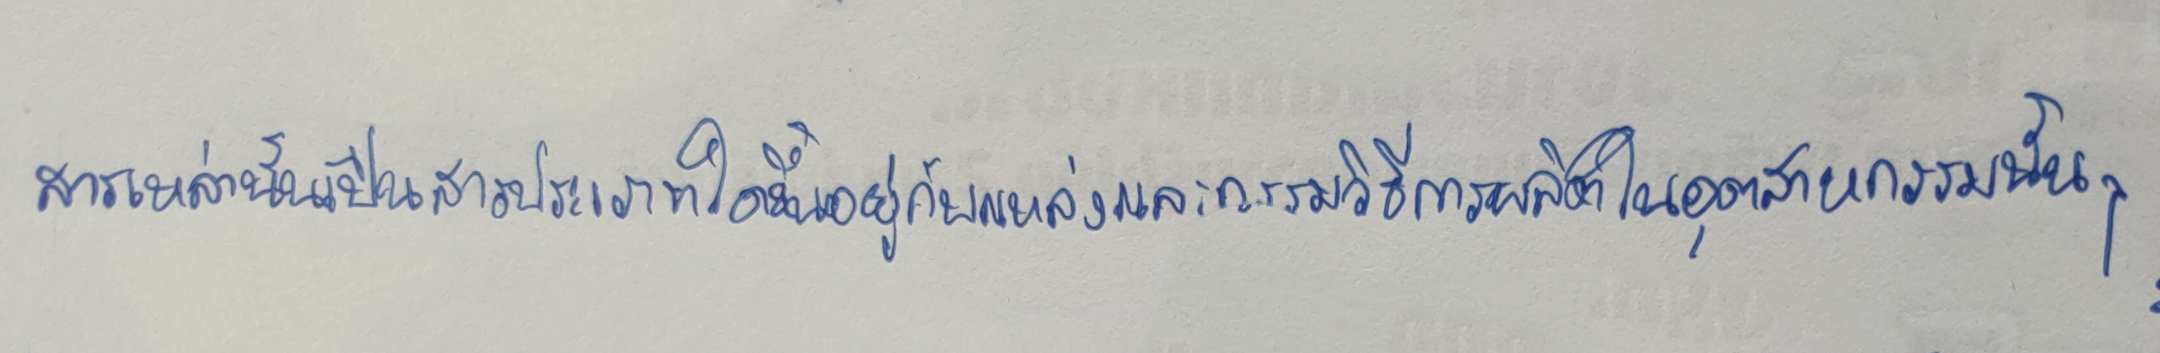
สารเหล่านั้นจะเป็นสารประเภทใดขึ้นอยู่กับแหล่งและกรรมวิธีการผลิตในอุตสาหกรรมนั้นๆ